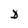
Character: D